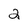
Character: 2